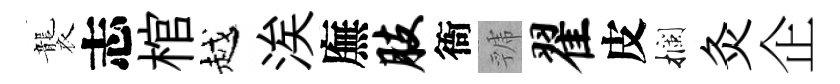
襲志棺越涘廡肢衙虢翟皮攔灸企